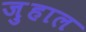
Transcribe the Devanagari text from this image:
ज़ुहाल